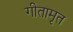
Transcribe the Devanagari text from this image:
गीतामृत